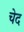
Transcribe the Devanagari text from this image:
चेद